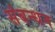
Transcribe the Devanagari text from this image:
संबन्धन